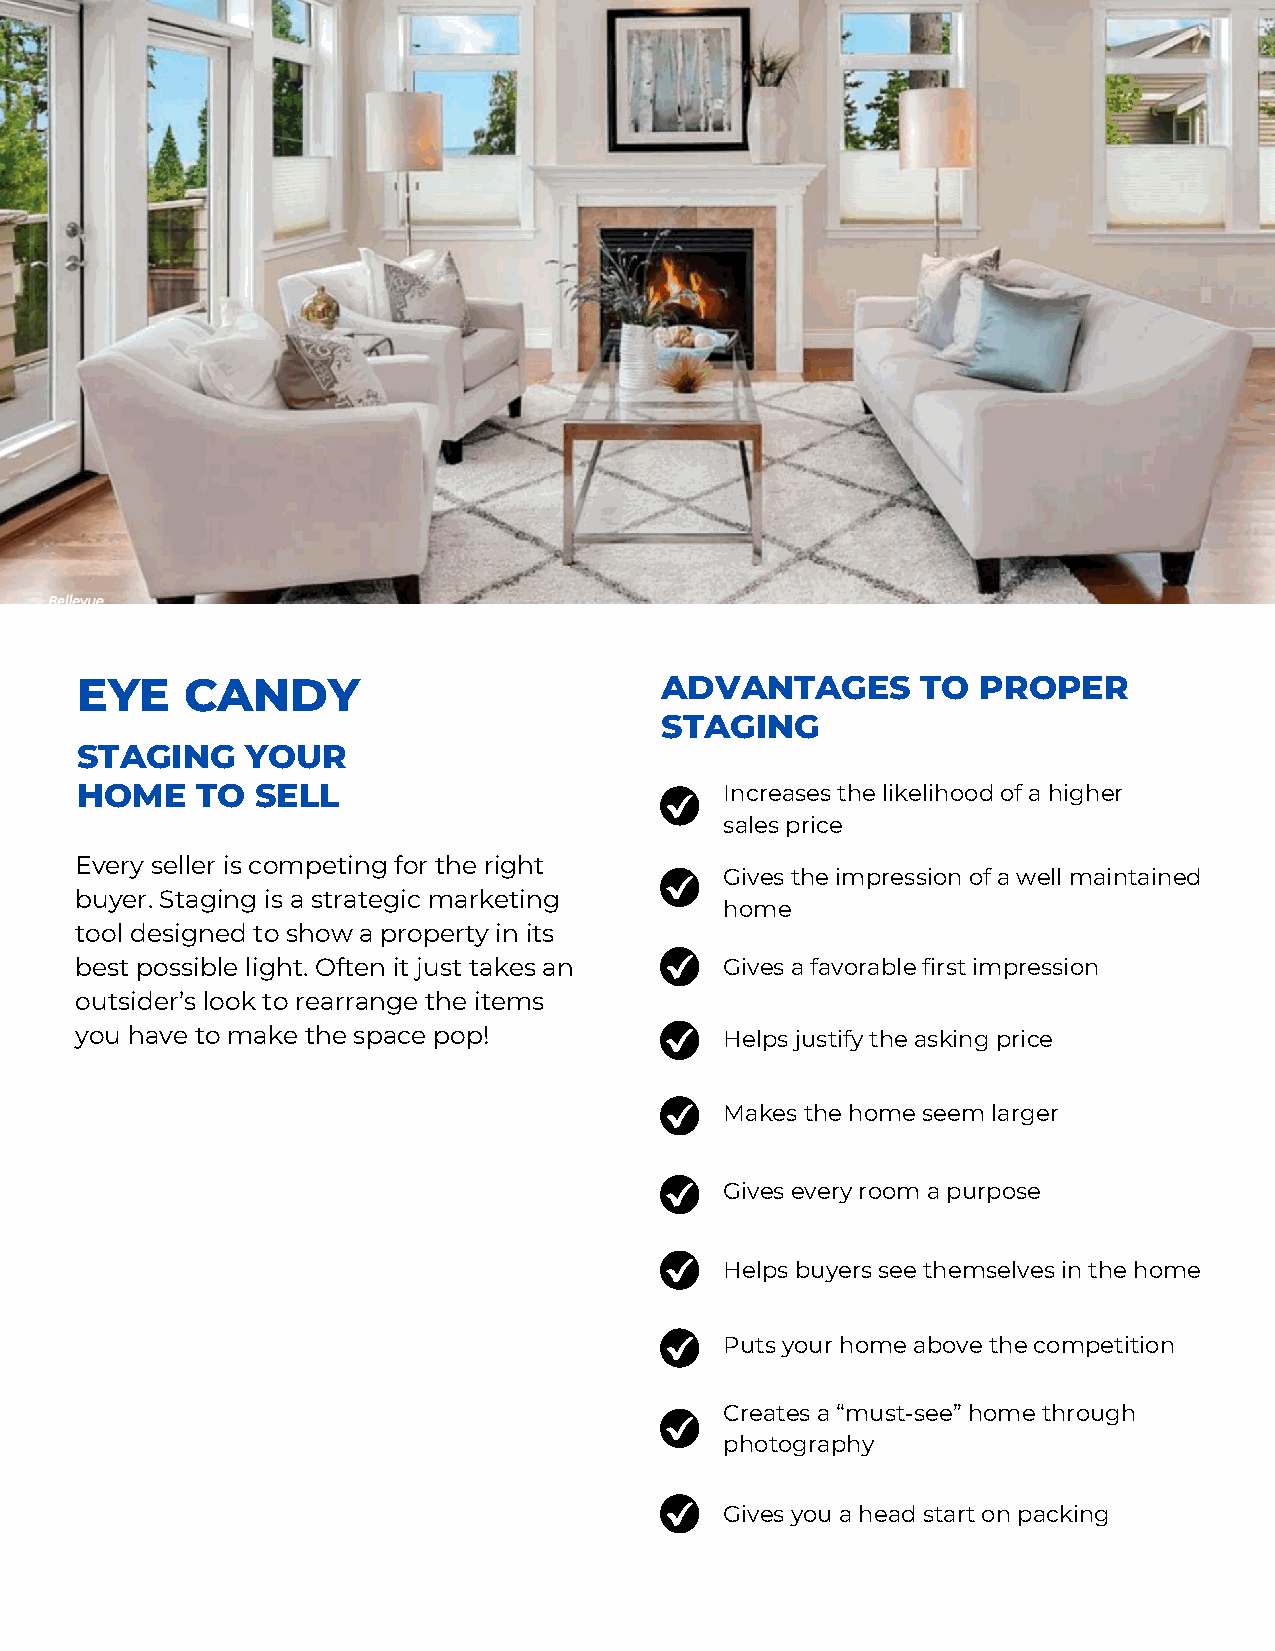
EYE    CANDY                           ADVANTAGES       TO  PROPER
 STAGING
 STAGING    YOUR
 HOME    TO  SELL                           Increases the likelihood of a higher
 sales price
 Every seller is competing for the right
 Gives the impression of a well maintained
 buyer. Staging is a strategic marketing
 home
 tool designed to show a property in its
 best possible light. Often it just takes an Gives a favorable first impression
 outsider’s look to rearrange the items
 you have to make the space pop!            Helps justify the asking price
 Makes the home seem larger
 Gives every room a purpose
 Helps buyers see themselves in the home
 Puts your home above the competition
 Creates a “must-see” home through
 photography
 Gives you a head start on packing